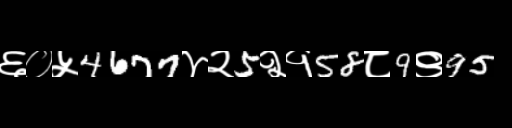
Text: ६०५4677४२5२१58८9९95